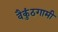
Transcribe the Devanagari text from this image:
वैकुंठगामी